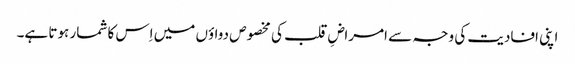
اپنی افادیت کی وجہ سے امراضِ قلب کی مخصوص دواؤں میں اِس کا شمار ہوتا ہے۔